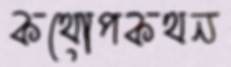
কথোপকথন